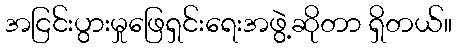
အငြင်းပွားမှုဖြေရှင်းရေးအဖွဲ့ဆိုတာ ရှိတယ်။